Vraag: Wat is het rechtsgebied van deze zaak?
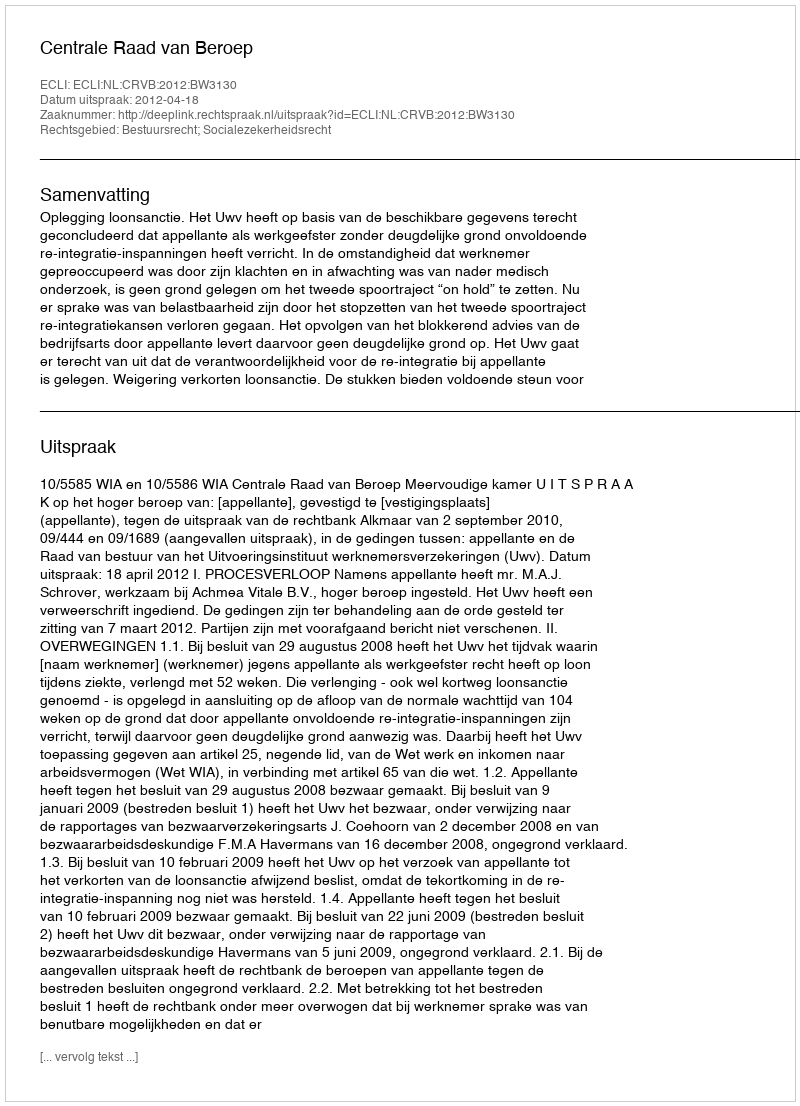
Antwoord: Bestuursrecht; Socialezekerheidsrecht